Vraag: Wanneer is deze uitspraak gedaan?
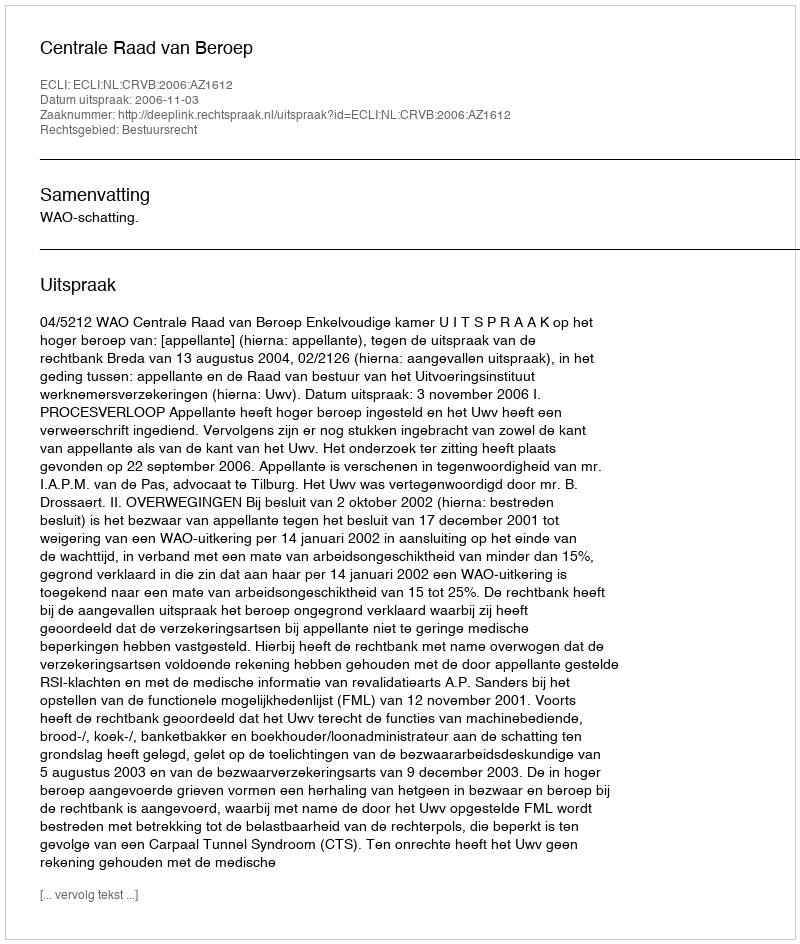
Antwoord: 2006-11-03